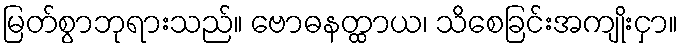
မြတ်စွာဘုရားသည်။ ဗောဓနတ္ထာယ၊ သိစေခြင်းအကျိုးငှာ။